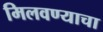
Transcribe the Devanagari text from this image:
मिलवण्याचा